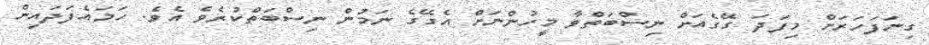
ގިނަފަހަރަށް މިފަދަ ގޭގެއަށް ނިސްބަތްވާ މީހުންނަށް އެގޭގެ ނަމުން ނިސްބަތްކުރެވެ އެވެ. ހަމައެފަދައިން